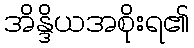
အိန္ဒိယအစိုးရ၏